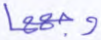
وجهها